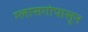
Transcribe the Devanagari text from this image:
ग्लासगोपासून